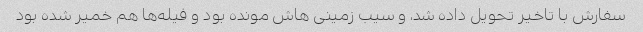
سفارش با تاخیر تحویل داده شد، و سیب زمینی هاش مونده بود و فیله‌ها هم خمیر شده بود